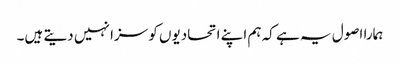
ہمارا اصول یہ ہے کہ ہم اپنے اتحادیوں کو سزا نہیں دیتے ہیں۔